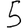
Digit: 5